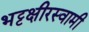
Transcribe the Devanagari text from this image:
भट्टक्षीरस्वामी